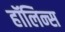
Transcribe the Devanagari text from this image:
हॉलिन्स